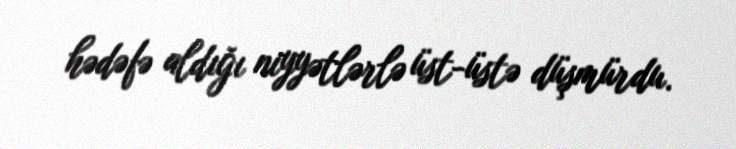
hədəfə aldığı niyyətlərlə üst-üstə düşmürdu.